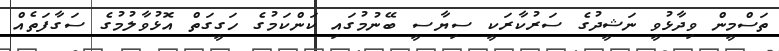
ތަސްމީން ވިދާޅުވީ ނަޝީދުގެ ސަރުކާރަކީ ސިޔާސީ ބޭނުމުގައި ކަންކަމުގެ ހަގީގަތް އޮޅުވާލުމުގެ ސަގާފަތެއް